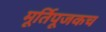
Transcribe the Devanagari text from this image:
मूर्तिपूजकच